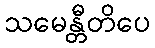
သမေန္တီတိပေ